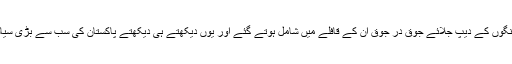
دلوں میں خواہشات اور امنگوں کے دیپ جلائے جوق در جوق ان کے قافلے میں شامل ہوتے گئے اور یوں دیکھتے ہی دیکھتے پاکستان کی سب سے بڑی سیاسی قوت وجود میں آ گئی۔